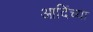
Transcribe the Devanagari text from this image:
आदिंच्या